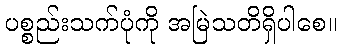
ပစ္စည်းသက်ပုံကို အမြဲသတိရှိပါစေ။